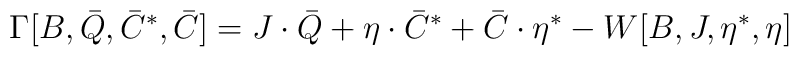
\Gamma[B,\bar Q,\bar C^\ast,\bar C ] =        J \cdot \bar Q + \eta\cdot\bar C^\ast +       \bar C \cdot \eta^\ast -  W[B,J,\eta^\ast,\eta]